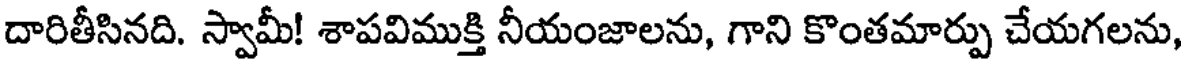
దారితీసినది. స్వామీ! శాపవిముక్తి నీయంజాలను, గాని కొంతమార్పు చేయగలను,